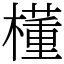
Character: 㯵